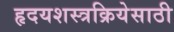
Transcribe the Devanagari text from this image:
हृदयशस्त्रक्रियेसाठी